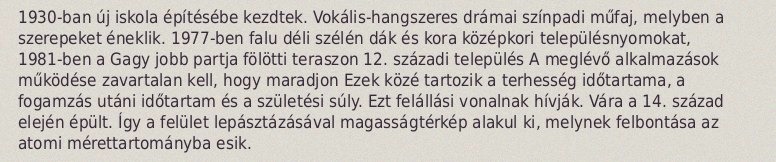
1930-ban új iskola építésébe kezdtek. Vokális-hangszeres drámai színpadi műfaj, melyben a szerepeket éneklik. 1977-ben falu déli szélén dák és kora középkori településnyomokat, 1981-ben a Gagy jobb partja fölötti teraszon 12. századi település A meglévő alkalmazások működése zavartalan kell, hogy maradjon Ezek közé tartozik a terhesség időtartama, a fogamzás utáni időtartam és a születési súly. Ezt felállási vonalnak hívják. Vára a 14. század elején épült. Így a felület lepásztázásával magasságtérkép alakul ki, melynek felbontása az atomi mérettartományba esik.